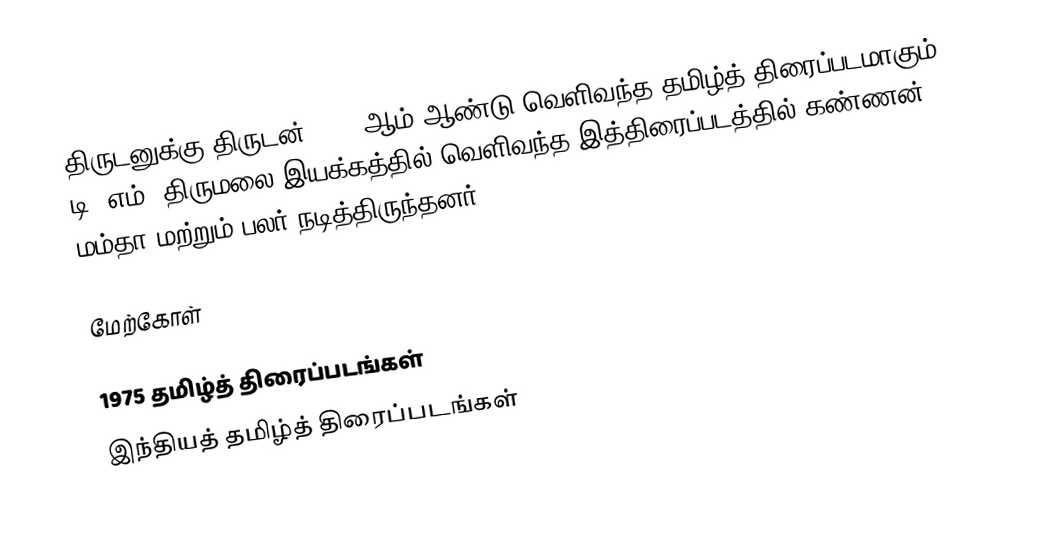
திருடனுக்கு திருடன் 1975 ஆம் ஆண்டு வெளிவந்த தமிழ்த் திரைப்படமாகும். டி. எம். திருமலை இயக்கத்தில் வெளிவந்த இத்திரைப்படத்தில் கண்ணன், மம்தா மற்றும் பலர் நடித்திருந்தனர்.

மேற்கோள்

1975 தமிழ்த் திரைப்படங்கள்
இந்தியத் தமிழ்த் திரைப்படங்கள்